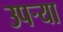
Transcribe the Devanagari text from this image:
उपर्‍या